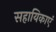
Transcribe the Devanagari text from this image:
सहायिकाएं